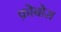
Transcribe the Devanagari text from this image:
फ़ोबोस